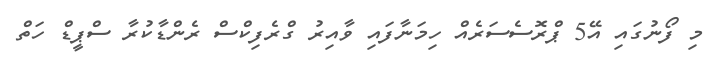
މި ފޯނުގައި އޭ5 ޕްރޮސެސަރެއް ހިމަނާފައި ވާއިރު ގްރެފިކްސް ރެންޑާކުރާ ސްޕީޑް ހަތް